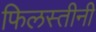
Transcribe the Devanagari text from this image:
फिलस्तीनी